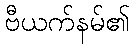
ဗီယက်နမ်၏